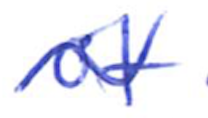
Text: of
Cross-out: wave
Writing tool: ballpoint